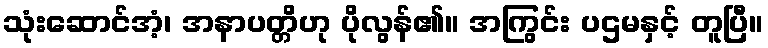
သုံးဆောင်အံ့၊ အနာပတ္တိဟု ပိုလွန်၏။ အကြွင်း ပဌမနှင့် တူပြီ။